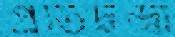
প্রতিদ্বন্দ্বী